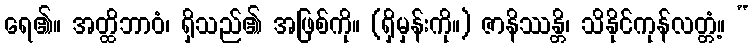
ရေ၏။ အတ္ထိဘာဝံ၊ ရှိသည်၏ အဖြစ်ကို။ (ရှိမှန်းကို။) ဇာနိဿန္တိ၊ သိနိုင်ကုန်လတ္တံ့။ “